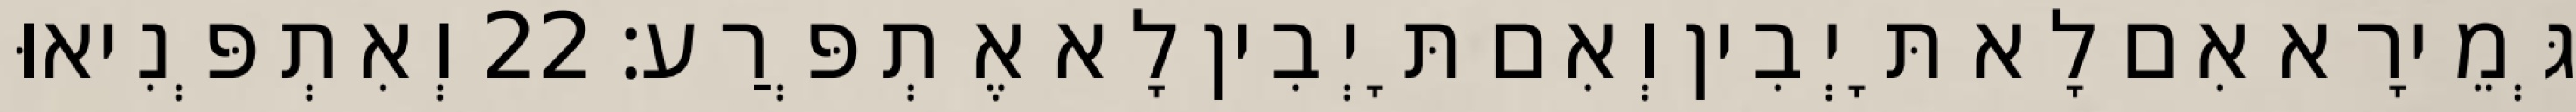
גְּמֵירָא אִם לָא תָּיְבִין וְאִם תָּיְבִין לָא אֶתְפְּרַע׃ 22 וְאִתְפְּנִיאוּ